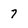
Character: 7